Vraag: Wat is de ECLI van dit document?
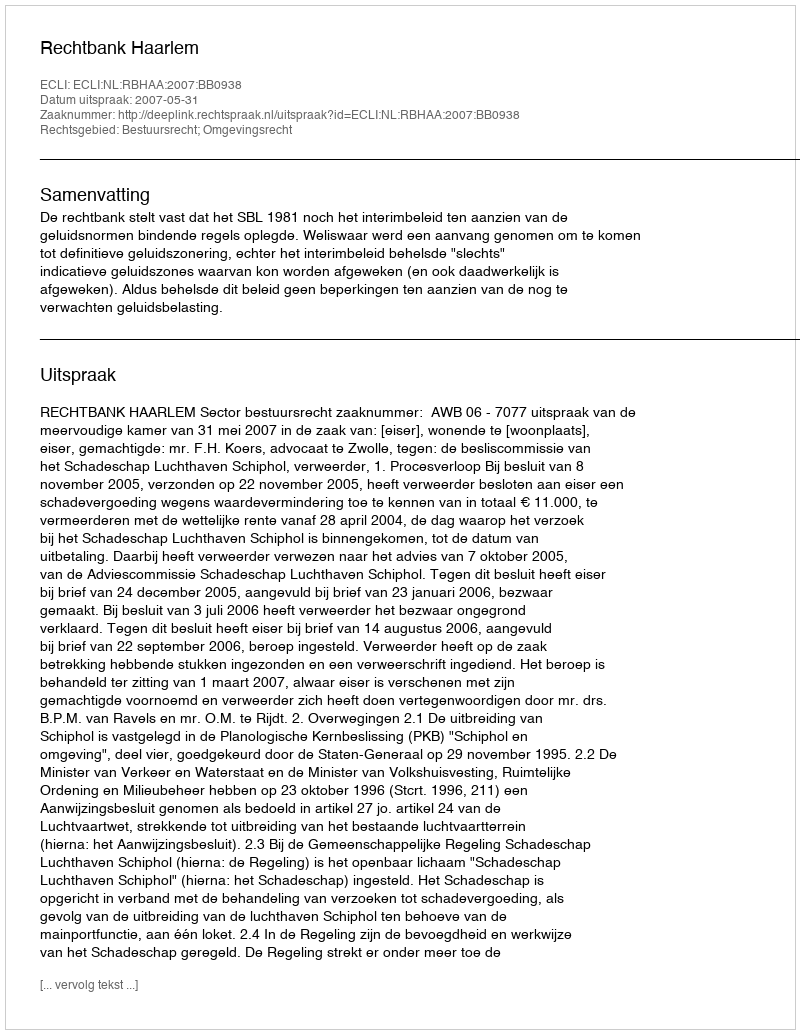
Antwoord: ECLI:NL:RBHAA:2007:BB0938